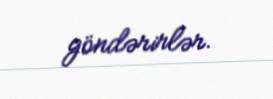
göndərirlər.